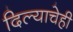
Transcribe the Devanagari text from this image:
दिल्याचेही